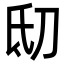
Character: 𬇉